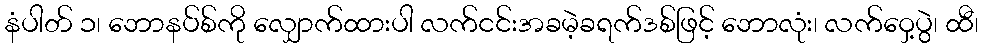
နံပါတ် ၁၊ ဘောနပ်စ်ကို လျှောက်ထားပါ လက်ငင်းအခမဲ့ခရက်ဒစ်ဖြင့် ဘောလုံး၊ လက်ဝှေ့ပွဲ၊ ထီ၊